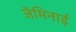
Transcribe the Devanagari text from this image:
जॅमिनाई